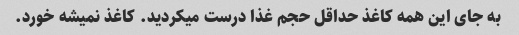
به جای این همه کاغذ حداقل حجم غذا درست میکردید. کاغذ نمیشه خورد.